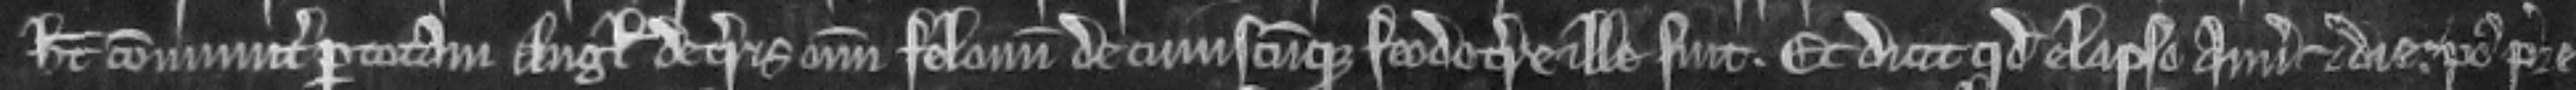
habet communiter per totam Anglie de terris omnium felonum de cuiuscumque feodo terre ille sint. Et dicit quod elapso Anno et die. post pre